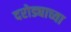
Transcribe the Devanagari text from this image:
दरोड्याच्या